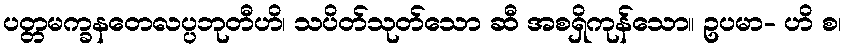
ပတ္တမက္ခနတေလပ္ပဘုတီဟိ၊ သပိတ်သုတ်သော ဆီ အစရှိကုန်သော။ ဥပမာ- ဟိ စ၊